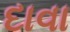
દાવા